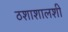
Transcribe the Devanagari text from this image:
ठशाशालशी